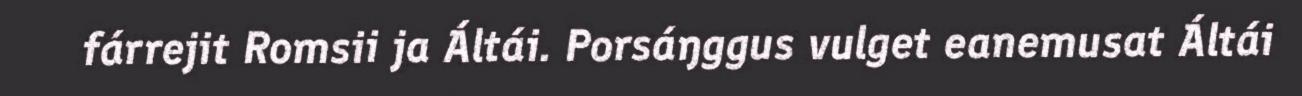
fárrejit Romsii ja Áltái. Porsáŋggus vulget eanemusat Áltái